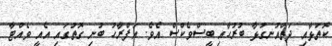
ކޮތަޅާއި ދަތްއުނގުޅާ ބުރުހާއި ބީސްވެކްސް އެވެ. އަފްރާހު ބުނި ގޮތުގައި އެއީ ވެއްޓާ